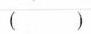
()